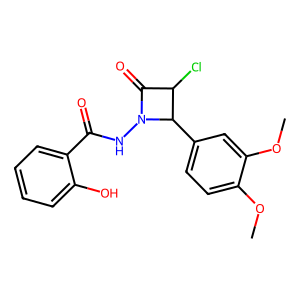
SMILES: COc1ccc(C2C(Cl)C(=O)N2NC(=O)c2ccccc2O)cc1OC
Inhibits HIV replication: No